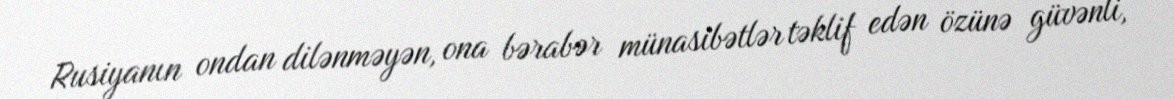
Rusiyanın ondan dilənməyən, ona bərabər münasibətlər təklif edən özünə güvənli,